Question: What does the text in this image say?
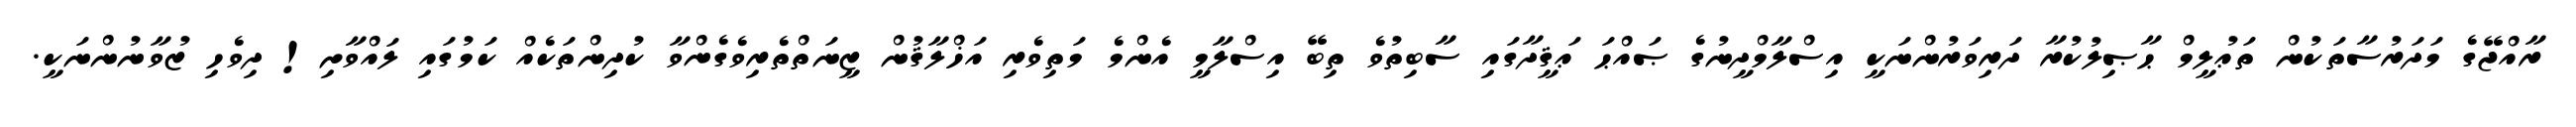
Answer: ރާއްޖޭގެ މަދަރުސާތަކުން ތަޢުލީމް ޙާޞިލުކުރާ ދަރިވަރުންނަކީ އިސްލާމްދީނުގެ ޞައްޙަ ޢަޤީދާގައި ސާބިތުވެ ތިބޭ އިސްލާމީ އެންމެ މަތިވެރި އަޚްލާޤުން ޒީނަތްތެރިވެގެންވާ ކުދިންތަކެއް ކަމުގައި ލައްވާށި! ދިވެހި ޒުވާނުންނަކީ.